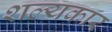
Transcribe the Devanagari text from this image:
शल्यकार